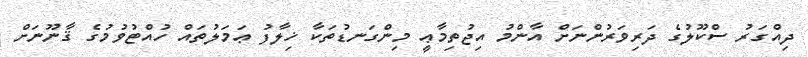
ދިއްގަރު ސްކޫލުގެ ދަރިވަރުންނަށް އާންމު އިޖުތިމާޢީ މިންގަނޑުތަކާ ޚިލާފު ޢަމަލުތައް ހުއްޓުވުމުގެ ޤާނޫނަށް